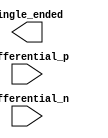
module differential_buffer (
    input wire differential_p,
    input wire differential_n,
    output reg single_ended
);

// Differential buffer code here

endmodule